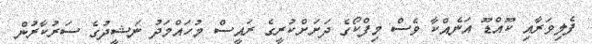
ފެލިވަރާއި ކޫއްޑޫ އަނެއްކާ ވެސް މިފްކޯގެ ދަށަށްކުރީގެ ރައީސް މުހައްމަދު ނަޝީދުގެ ސަރުކާރުން